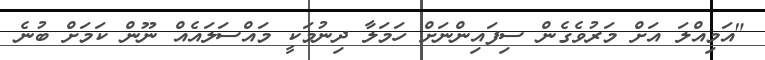
"އަމިއްލަ އަށް މަރުވެގެން ސިފައިންނަށް ހަމަލާ ދިނުމަކީ މައްސަލައެއް ނޫން ކަމަށް ބުނެ